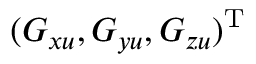
( G _ { x u } , G _ { y u } , G _ { z u } ) ^ { \mathrm { T } }